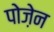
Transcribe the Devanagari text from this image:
पोज़ेन